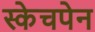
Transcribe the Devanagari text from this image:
स्केचपेन